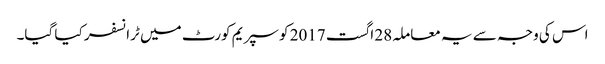
اس کی وجہ سے یہ معاملہ 28 اگست 2017 کو سپریم کورٹ میں ٹرانسفر کیا گیا۔